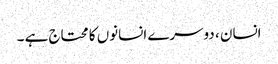
انسان ، دوسرے انسانوں کا محتاج ہے ۔